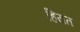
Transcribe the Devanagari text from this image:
हियत